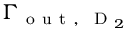
\Gamma _ { \mathrm { ~ o ~ u ~ t ~ , ~ } \mathrm { ~ D ~ } _ { 2 } }